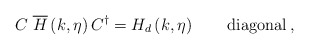
\begin{align*}C \; \overline{H} \left( k, \eta \right) C^\dagger = H_d\left( k, \eta \right) \qquad \mbox{diagonal} \,,\end{align*}